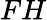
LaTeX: FH